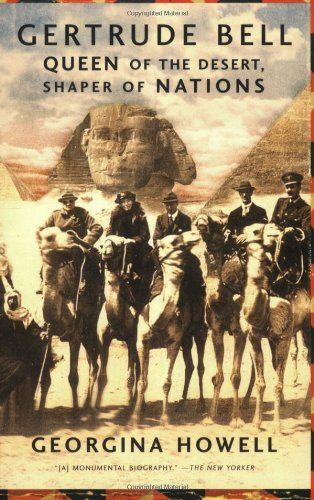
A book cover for Gertrude Bell: Queen of the Desert, Shaper of Nations; Georgina Howell; Biographies & Memoirs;